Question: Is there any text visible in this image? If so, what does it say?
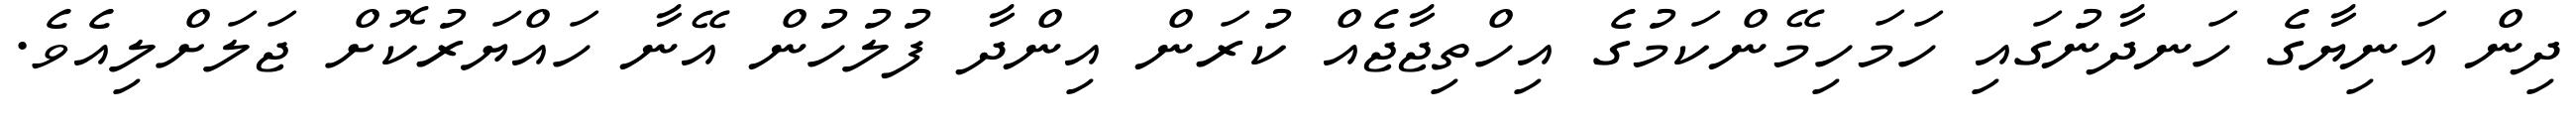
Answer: ދިން އަނިޔާގެ ހަނދާނުގައި ހަމަހިމޭންކަމުގެ އިހްތިޖާޖެއް ކުރަން އިންދާ ފުލުހުން އޭނާ ހައްޔަރުކޮށް ޖަލަށްލިއެވެ.